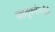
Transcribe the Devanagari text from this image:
वाहतुककंपनीचे